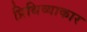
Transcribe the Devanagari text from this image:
प्रिथिव्याकार